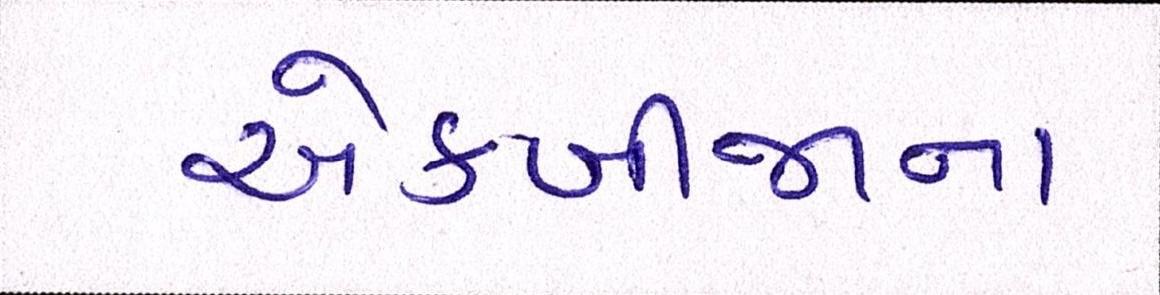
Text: એકબીજાના